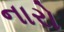
નારો